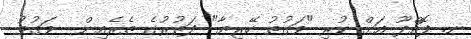
ނ. ފޮއްދޫ އަށް ކުރި "ވަގުތު ހޭރިޔާ" ދަތުރުގެ ތެރެއިން  ވަގުތު